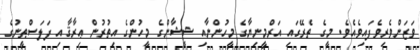
ވަޒަންވެރިވެފައިވެއެވެ. މީގެ ތެރޭގައި އަރްމީނިޔާގެ މީހުންނާއި ޝީޝާންގެ މީހުންގެ އިތުރުން ޢިރާޤާއި ފަލަސްޠީނުގެ